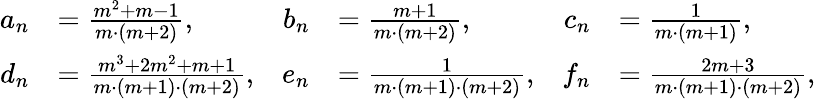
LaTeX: \begin{array}{rlrlrl}{a_{n}}&{=\frac{m^{2}+m-1}{m\cdot(m+2)},}&{b_{n}}&{=\frac{m+1}{m\cdot(m+2)},}&{c_{n}}&{=\frac{1}{m\cdot(m+1)},}\\ {d_{n}}&{=\frac{m^{3}+2m^{2}+m+1}{m\cdot(m+1)\cdot(m+2)},}&{e_{n}}&{=\frac{1}{m\cdot(m+1)\cdot(m+2)},}&{f_{n}}&{=\frac{2m+3}{m\cdot(m+1)\cdot(m+2)},}\end{array}